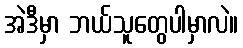
အဲဒီမှာ ဘယ်သူတွေပါမှာလဲ။